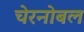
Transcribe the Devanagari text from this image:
चेरनोबल